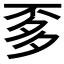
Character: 𱍚